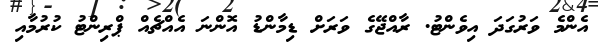
އެންމެ ވަރުގަދަ އިވެންޓު. ރާއްޖޭގެ ވަރަށް ޑިމާންޑު އޮންނަ އެއްޗެއް ޕްރިންޓު ކުރުމާއި